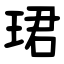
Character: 珺